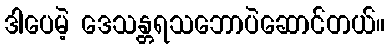
ဒါပေမဲ့ ဒေသန္တရသဘောပဲဆောင်တယ်။